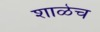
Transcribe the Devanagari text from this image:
शाळेच